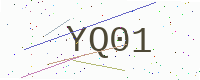
Text: YQ01